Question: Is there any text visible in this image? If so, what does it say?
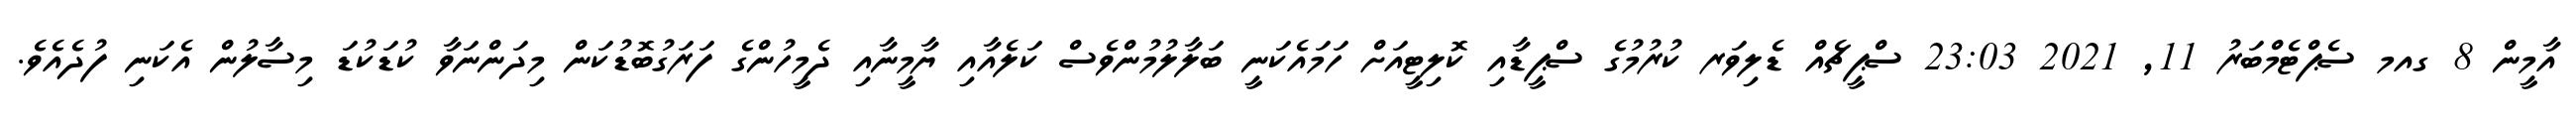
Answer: އާމީން 8 ގއމ ސެޕްޓެމްބަރު 11, 2021 23:03 ސްޕީޗެއް ޑެލިވަރ ކުރުމުގެ ސްޕީޑާއި ކޮލިޓީއަށް ހަމައެކަނީ ބަލާލުމުންވެސް ކަލެއާއި ޔާމީނާއި ދެމީހުންގެ ފަރަގުބޮޑުކަން މިދަންނަވާ ކުޑަކުޑަ މިސާލުން އެކަނި ފުދެއެވެ.